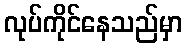
လုပ်ကိုင်နေသည်မှာ